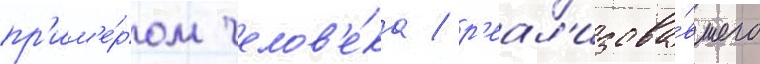
пр'им'е́ром челов'е́ка / р'еал'изова́вшего